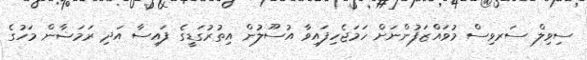
ސިވިލް ސަރވިސް މުވައްޒަފުންނަށް ހަމަޖެހިފައިވާ އުސޫލުން އިތުރުގަޑީގެ ފައިސާ އަދި ރަމަޟާން މަހުގެ